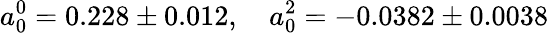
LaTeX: a_{0}^{0}=0.228\pm 0.012,\quad a_{0}^{2}=-0.0382\pm 0.0038